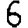
Digit: 6